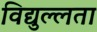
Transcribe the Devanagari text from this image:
विद्युल्लता